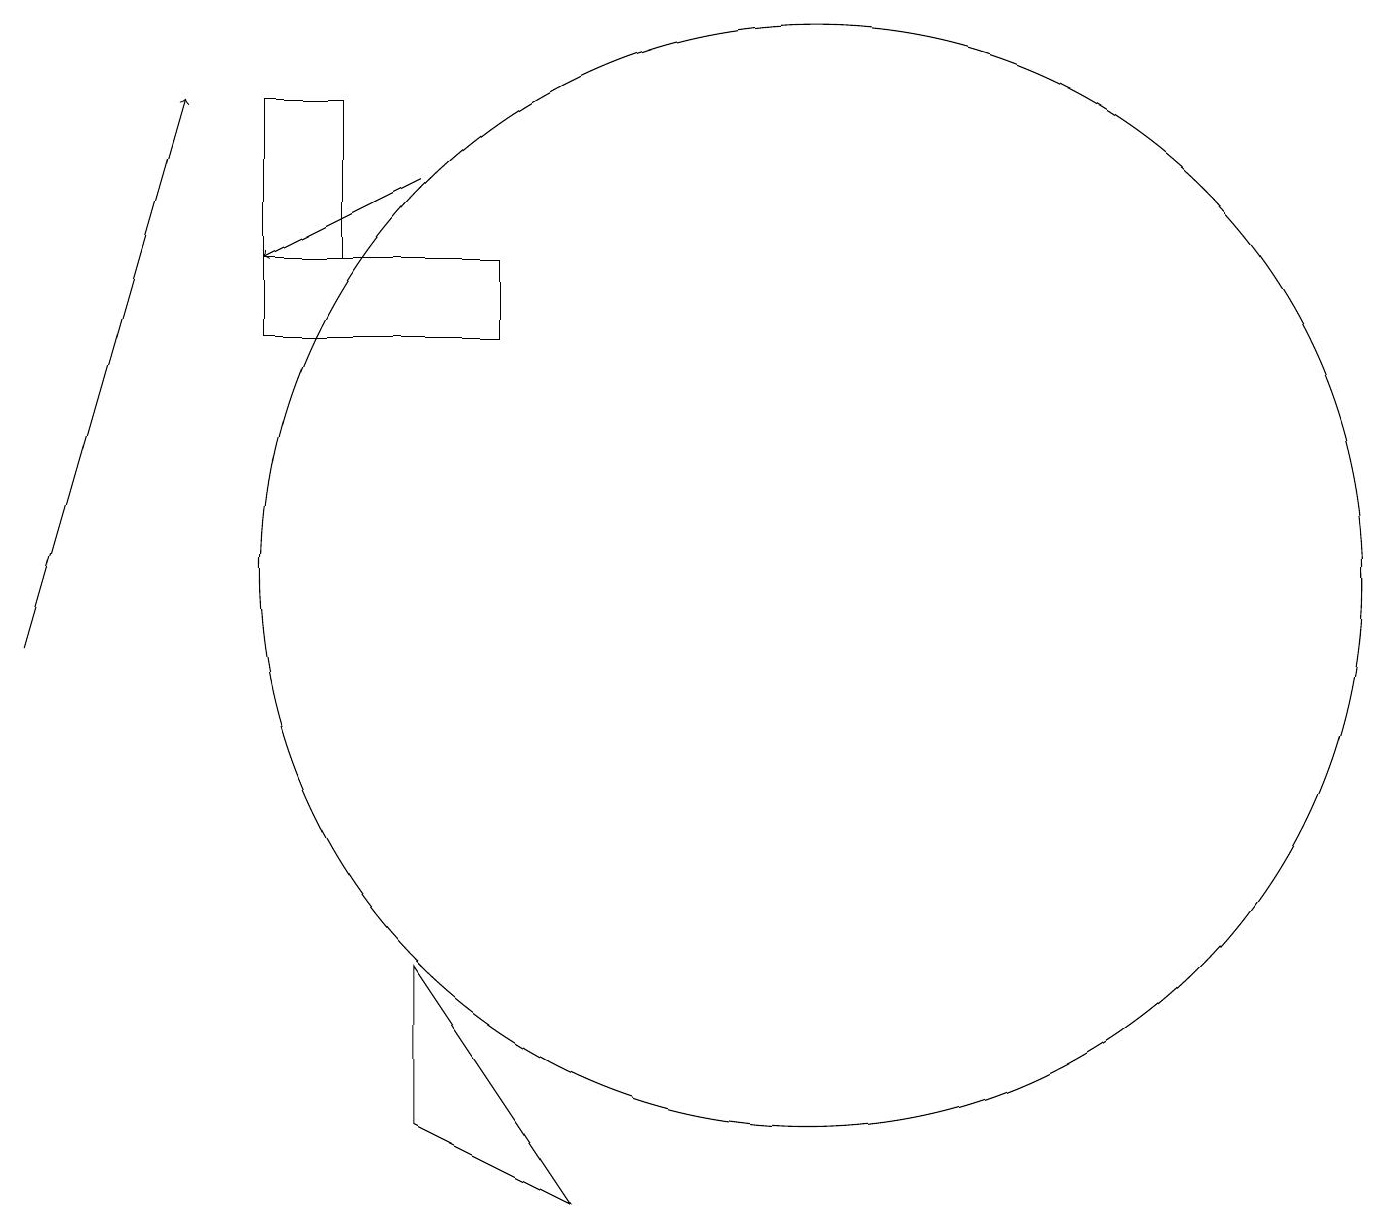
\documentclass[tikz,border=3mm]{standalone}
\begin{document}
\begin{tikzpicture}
\draw (7,4) -- (5,7) -- (5,5) -- cycle;
\draw (6,15) rectangle (3,16);
\draw[->] (5,17) -- (3,16);
\draw[->] (0,11) -- (2,18);
\draw (10,12) circle (7);
\draw (4,18) rectangle (3,16);
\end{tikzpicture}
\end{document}